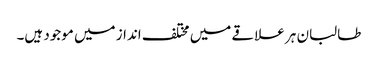
طالبان ہر علاقے میں مختلف انداز میں موجود ہیں۔